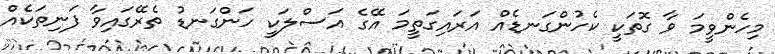
މިހެންވީމަ ވާ ގޮތަކީ ކެހުންގަނޑެއް އަރައިގަތީމަ އޭގެ އަސްލަކީ ހަންގަނޑު ތެރޭގައިވާ ފަނިތަކެއް